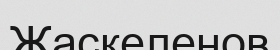
Жаскеленов